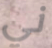
ني